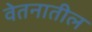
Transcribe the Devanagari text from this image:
वेतनातील